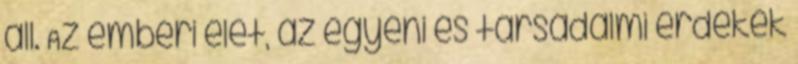
áll. Az emberi élet, az egyéni és társadalmi érdekek